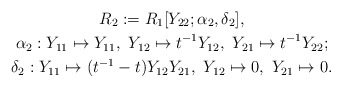
\begin{gather*}R_2 := R_1[Y_{22};\alpha_2,\delta_2],\\\alpha_2: Y_{11} \mapsto Y_{11},\ Y_{12} \mapsto t^{-1}Y_{12}, \ Y_{21} \mapsto t^{-1}Y_{22}; \\\delta_2: Y_{11} \mapsto (t^{-1}-t)Y_{12}Y_{21}, \ Y_{12} \mapsto 0, \ Y_{21} \mapsto 0.\end{gather*}